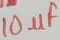
Text: 10µF